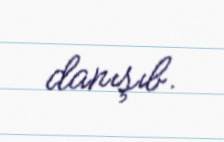
danışıb.